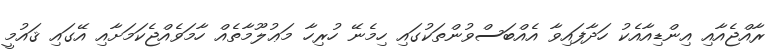
ރާއްޖެއާއި އިންޑިއާއެކު ހަދާފައިވާ އެއްބަސްވުންތަކުގައި ހިމެނޭ ހުރިހާ މަޢުލޫމާތެއް ހާމަވެއްޖެކަމަށާއި އޭގައި ޤައުމީ